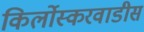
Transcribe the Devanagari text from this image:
किर्लोस्करवाडीस